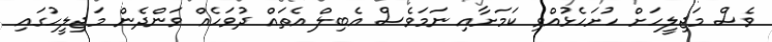
ވެސް މަޖިލީހަށް ހުށަހެޅުއްވި ކަމަށާއި ނަމަވެސް އެބިލް އެތައް ދުވަހެއް ވަންދެން މަޖިލީހުގައި